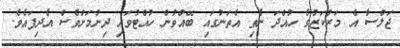
ޖަލްސާ އެ މަރުކަޒުގެ ހުއްދަ ނެތި އެތަނުގައި ބޭއްވުން ހުއްޓުވައި ދިނުމަށްވެސް އެދިފައެވެ.